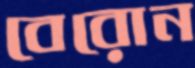
বেরোন